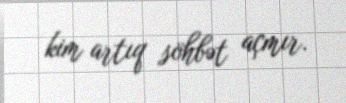
kim artıq söhbət açmır.